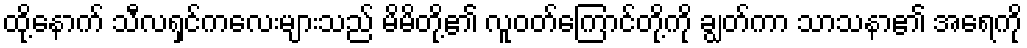
ထို့နောက် သီလရှင်ကလေးများသည် မိမိတို့၏ လူဝတ်ကြောင်တို့ကို ချွတ်ကာ သာသနာ၏ အရေကို